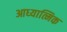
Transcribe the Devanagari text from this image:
आध्‍यात्मिक